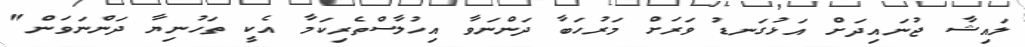
ލައިޝާ ޖުނައިދަށް އަޅުގަނޑު ވަރަށް މަރުހަބާ ދަންނަވާ އިހުލާސްތެރިކަމާ އެކީ ތަހުނިޔާ ދަންނަވަން"